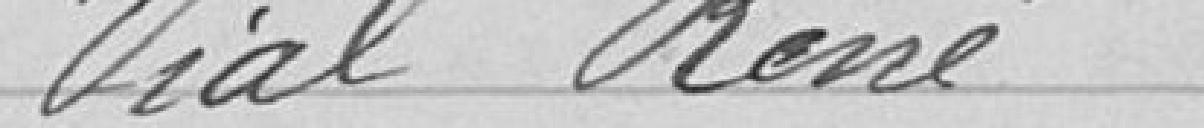
6+ Communications Diverses